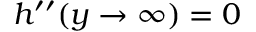
h ^ { \prime \prime } ( y \rightarrow \infty ) = 0